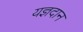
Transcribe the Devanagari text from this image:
यज्ञदान